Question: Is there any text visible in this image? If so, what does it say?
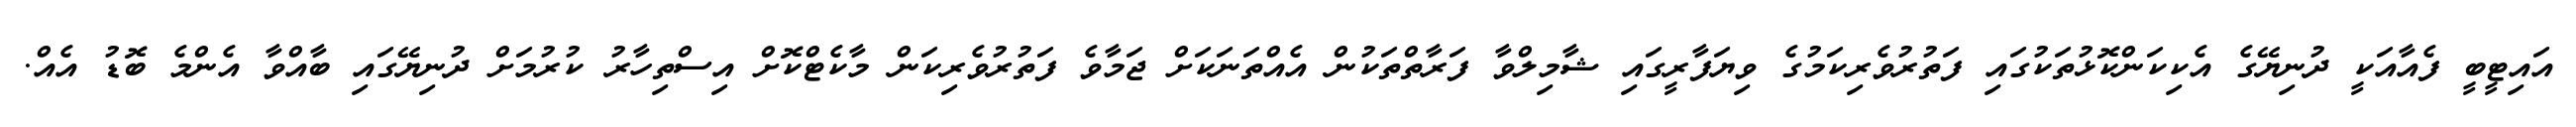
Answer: އައިޓީބީ ފެއާއަކީ ދުނިޔޭގެ އެކިކަންކޮޅުތަކުގައި ފަތުރުވެރިކަމުގެ ވިޔަފާރީގައި ޝާމިލްވާ ފަރާތްތަކުން އެއްތަނަކަށް ޖަމާވެ ފަތުރުވެރިކަން މާކެޓްކޮށް އިސްތިހާރު ކުރުމަށް ދުނިޔޭގައި ބާއްވާ އެންމެ ބޮޑު އެއް.